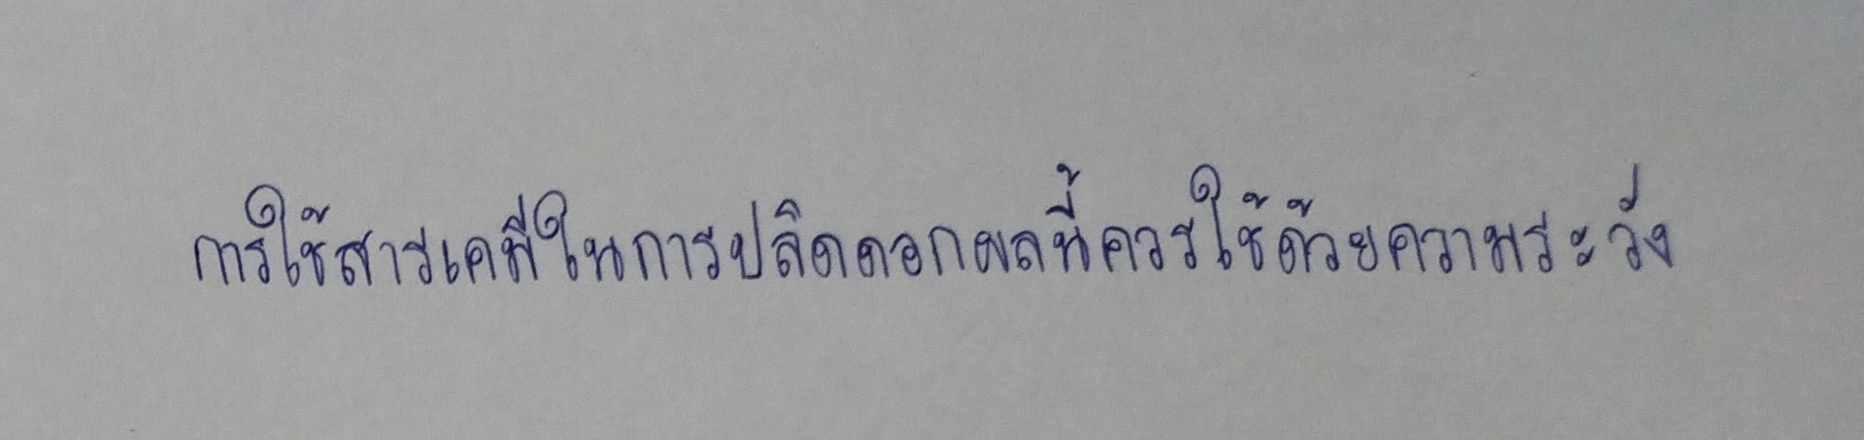
การใช้สารเคมีในการปลิดดอกผลนี้ควรใช้ด้วยความระวัง